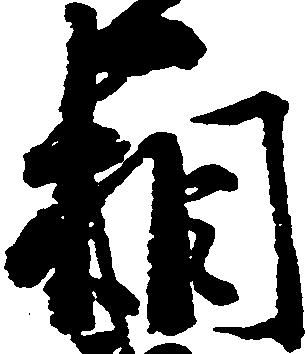
相